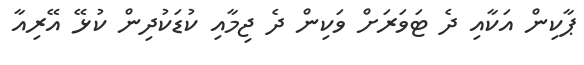
ޕާކިން އަކާއި ދެ ޓަވަރަށް ވަކިން ދެ ޖިމާއި ކުޑަކުދިން ކުޅޭ އޭރިއާ